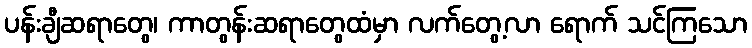
ပန်းချီဆရာတွေ၊ ကာတွန်းဆရာတွေထံမှာ လက်တွေ့လာ ရောက် သင်ကြသော